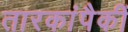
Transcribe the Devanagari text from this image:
तारकांपैकीं